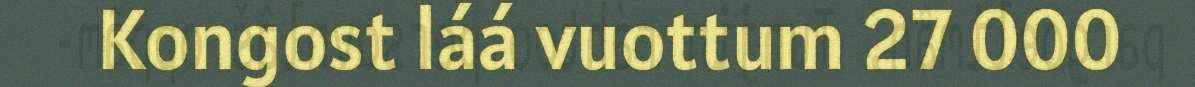
Kongost láá vuottum 27 000